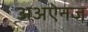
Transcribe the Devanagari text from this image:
अअऐनज